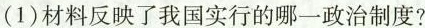
(1)材料反映了我国实行的哪一政治制度?